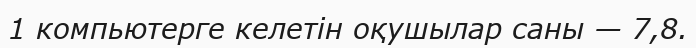
1 компьютерге келетін оқушылар саны — 7,8.